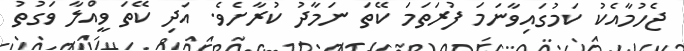
ޖެހުމާއެކު ކަމުގައިވާނަމަ ފުރަތަމަ ކޭތަ ނަމާދު ކުރާށެވެ. އަދި ކޭތަ ވީއްލާ ވަގުތު